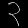
Digit: ၃